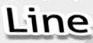
Line